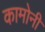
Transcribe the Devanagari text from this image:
कामोनी